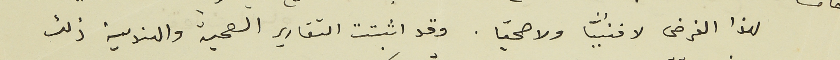
لهذا الغرض لا فنيًّا ولا صحيّا. وقد اثبتت التقارير الصحية والهندسية ذلك